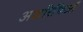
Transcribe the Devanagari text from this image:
अशरिफिआँ